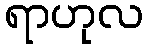
ရာဟုလ